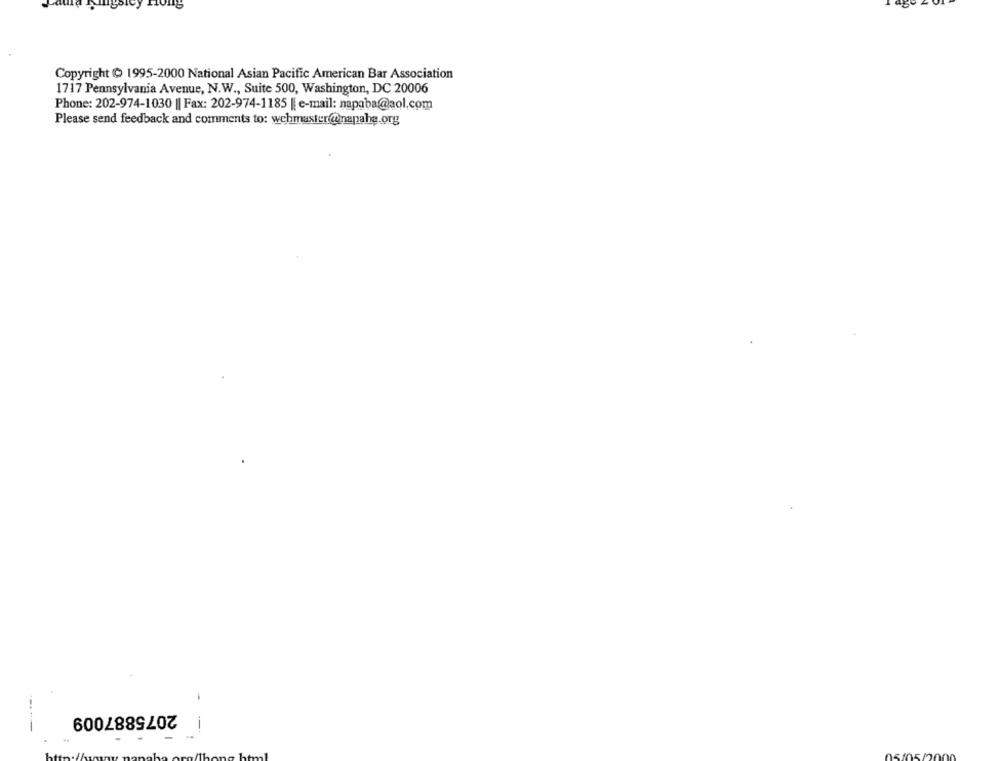
Copyright O 1995-2000 National Asian Pacific American Bar Association
1717 Pennsylvania Avenue, N.W ., Suite 500, Washington, DC 20006
Phone: 202-974-1030 || Fax: 202-974-1185 || e-mail: napaba@aol.com
Please send feedback and comments to: webmaster@inanahe.org
2075887009